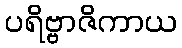
ပရိဗ္ဗာဇိကာယ